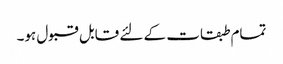
تمام طبقات کے لئے قابل قبول ہو۔